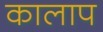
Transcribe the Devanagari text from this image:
कालाप